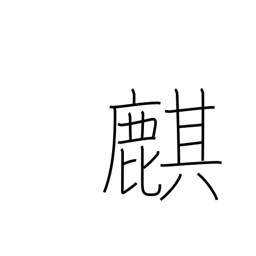
Meaning: Chinese unicorn